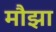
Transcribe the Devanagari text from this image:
मौझा